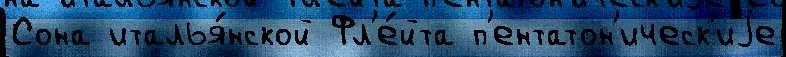
Сона италья́нской Фл'е́йта п'ентатон'ическ'иjе